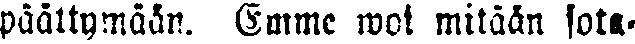
päättymään. Emme woi mitään sota-